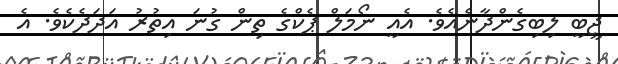
ޖީބީ ލިބިގެންދާނެއެވެ. އެއީ ނޯމަލް ޕެކްގެ ތިން ގުނަ އިތުރު އަދަދެކެވެ. އެ